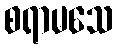
စရာမသေ